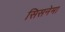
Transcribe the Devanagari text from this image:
सिसनेमा